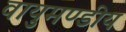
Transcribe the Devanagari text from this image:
वायुमण्डीय